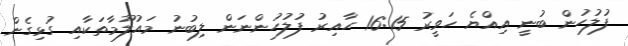
ފުލުހުން ބުނީ އިއްޔެ ހަވީރު 16:15 ހާއިރު ފުލުހުންނަން ލިބުނު މައުލޫމާތަކާއި ގުޅިގެން